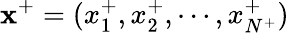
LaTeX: \mathbf{x}^{+}=(x_{1}^{+},x_{2}^{+},\cdots,x_{N^{+}}^{+})